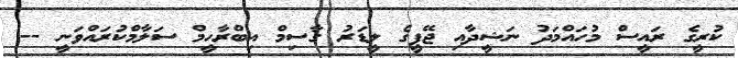
ކުރީގެ ރައީސް މުހައްމަދު ނަޝީދާއި ޖޭޕީގެ ލީޑަރު ގާސިމް އިބްރާހީމް ސަލާމްކުރައްވަނީ --